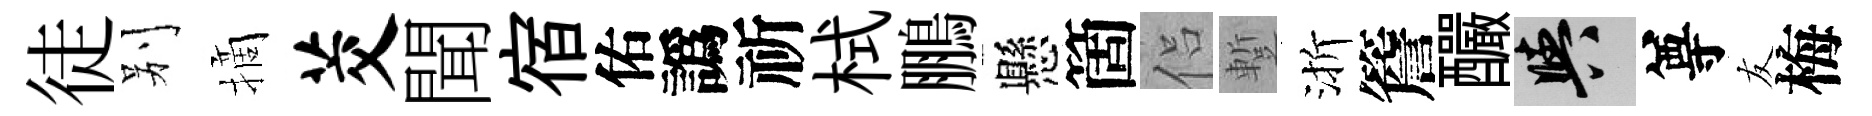
徒别摘茭聞宿佑譌祈栻鵬懸箇侣蹔渐簷釅阳尊友梅